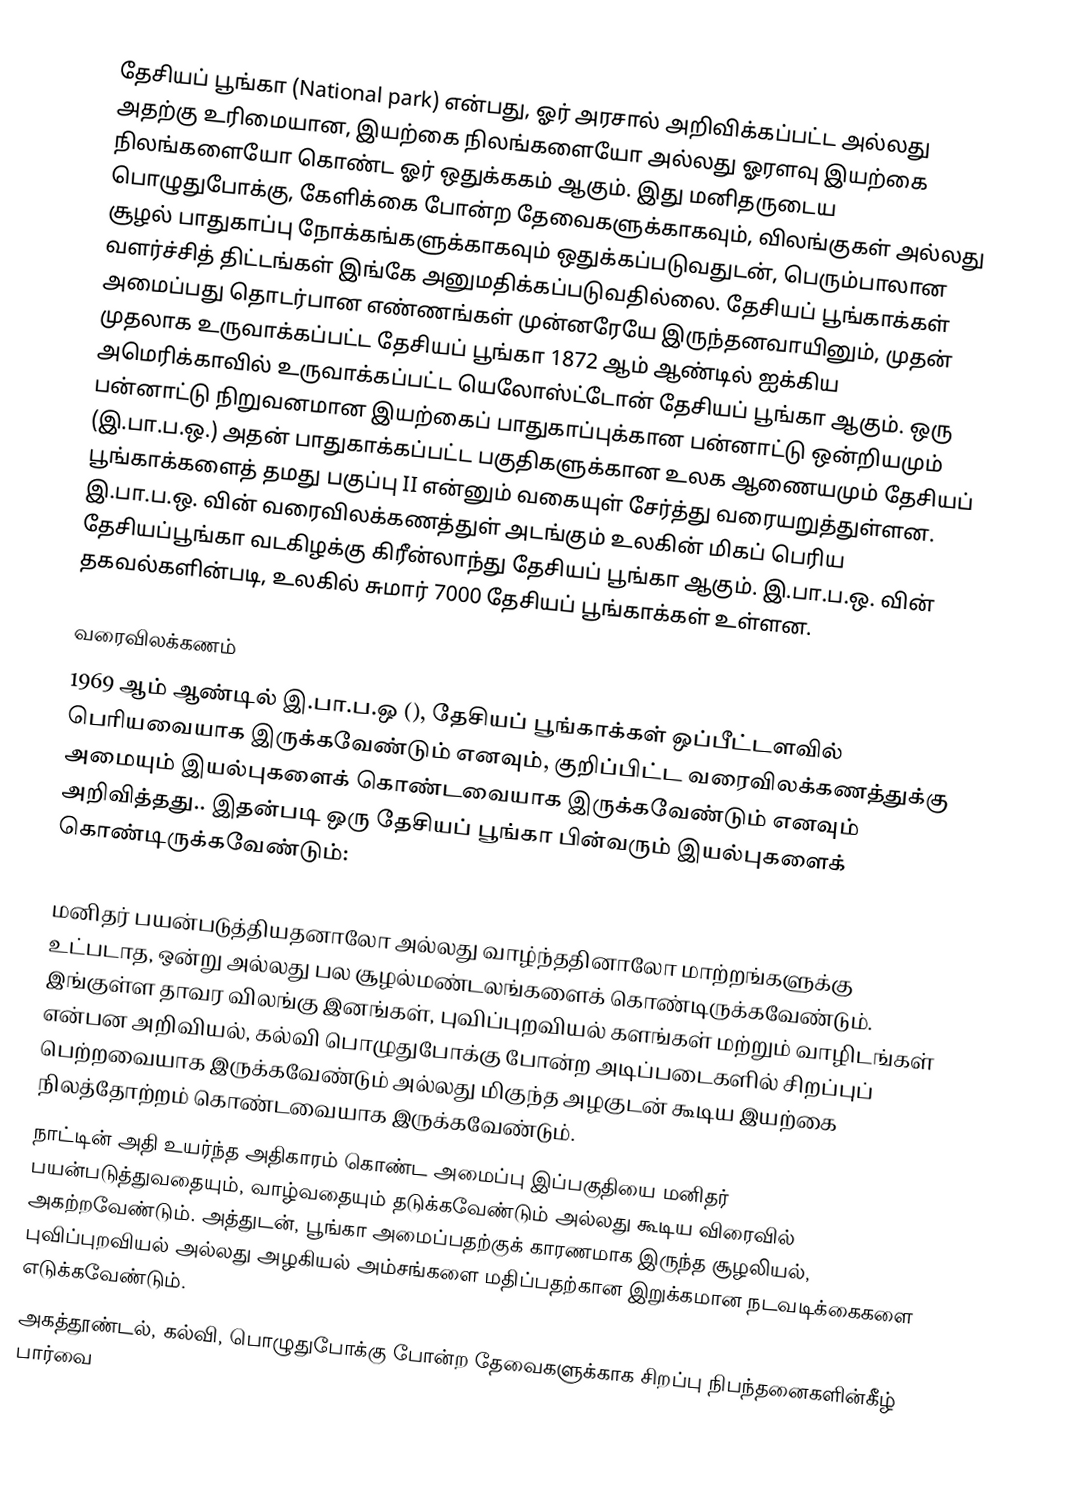
தேசியப் பூங்கா (National park) என்பது, ஓர் அரசால் அறிவிக்கப்பட்ட அல்லது அதற்கு உரிமையான, இயற்கை நிலங்களையோ அல்லது ஓரளவு இயற்கை நிலங்களையோ கொண்ட ஓர் ஒதுக்ககம் ஆகும். இது மனிதருடைய பொழுதுபோக்கு, கேளிக்கை போன்ற தேவைகளுக்காகவும், விலங்குகள் அல்லது சூழல் பாதுகாப்பு நோக்கங்களுக்காகவும் ஒதுக்கப்படுவதுடன், பெரும்பாலான வளர்ச்சித் திட்டங்கள் இங்கே அனுமதிக்கப்படுவதில்லை. தேசியப் பூங்காக்கள் அமைப்பது தொடர்பான எண்ணங்கள் முன்னரேயே இருந்தனவாயினும், முதன் முதலாக உருவாக்கப்பட்ட தேசியப் பூங்கா 1872 ஆம் ஆண்டில் ஐக்கிய அமெரிக்காவில் உருவாக்கப்பட்ட யெலோஸ்ட்டோன் தேசியப் பூங்கா ஆகும். ஒரு பன்னாட்டு நிறுவனமான இயற்கைப் பாதுகாப்புக்கான பன்னாட்டு ஒன்றியமும் (இ.பா.ப.ஒ.) அதன் பாதுகாக்கப்பட்ட பகுதிகளுக்கான உலக ஆணையமும் தேசியப் பூங்காக்களைத் தமது பகுப்பு II என்னும் வகையுள் சேர்த்து வரையறுத்துள்ளன. இ.பா.ப.ஒ. வின் வரைவிலக்கணத்துள் அடங்கும் உலகின் மிகப் பெரிய தேசியப்பூங்கா வடகிழக்கு கிரீன்லாந்து தேசியப் பூங்கா ஆகும். இ.பா.ப.ஒ. வின் தகவல்களின்படி, உலகில் சுமார் 7000 தேசியப் பூங்காக்கள் உள்ளன.

வரைவிலக்கணம்
1969 ஆம் ஆண்டில் இ.பா.ப.ஒ (), தேசியப் பூங்காக்கள் ஒப்பீட்டளவில் பெரியவையாக இருக்கவேண்டும் எனவும், குறிப்பிட்ட வரைவிலக்கணத்துக்கு அமையும் இயல்புகளைக் கொண்டவையாக இருக்கவேண்டும் எனவும் அறிவித்தது.. இதன்படி ஒரு தேசியப் பூங்கா பின்வரும் இயல்புகளைக் கொண்டிருக்கவேண்டும்:

 மனிதர் பயன்படுத்தியதனாலோ அல்லது வாழ்ந்ததினாலோ மாற்றங்களுக்கு உட்படாத, ஒன்று அல்லது பல சூழல்மண்டலங்களைக் கொண்டிருக்கவேண்டும். இங்குள்ள தாவர விலங்கு இனங்கள், புவிப்புறவியல் களங்கள் மற்றும் வாழிடங்கள் என்பன அறிவியல், கல்வி பொழுதுபோக்கு போன்ற அடிப்படைகளில் சிறப்புப் பெற்றவையாக இருக்கவேண்டும் அல்லது மிகுந்த அழகுடன் கூடிய இயற்கை நிலத்தோற்றம் கொண்டவையாக இருக்கவேண்டும்.
 நாட்டின் அதி உயர்ந்த அதிகாரம் கொண்ட அமைப்பு இப்பகுதியை மனிதர் பயன்படுத்துவதையும், வாழ்வதையும் தடுக்கவேண்டும் அல்லது கூடிய விரைவில் அகற்றவேண்டும். அத்துடன், பூங்கா அமைப்பதற்குக் காரணமாக இருந்த சூழலியல், புவிப்புறவியல் அல்லது அழகியல் அம்சங்களை மதிப்பதற்கான இறுக்கமான நடவடிக்கைகளை எடுக்கவேண்டும்.
 அகத்தூண்டல், கல்வி, பொழுதுபோக்கு போன்ற தேவைகளுக்காக சிறப்பு நிபந்தனைகளின்கீழ் பார்வை